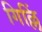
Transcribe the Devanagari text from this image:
गिल्लिं